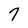
Character: 7